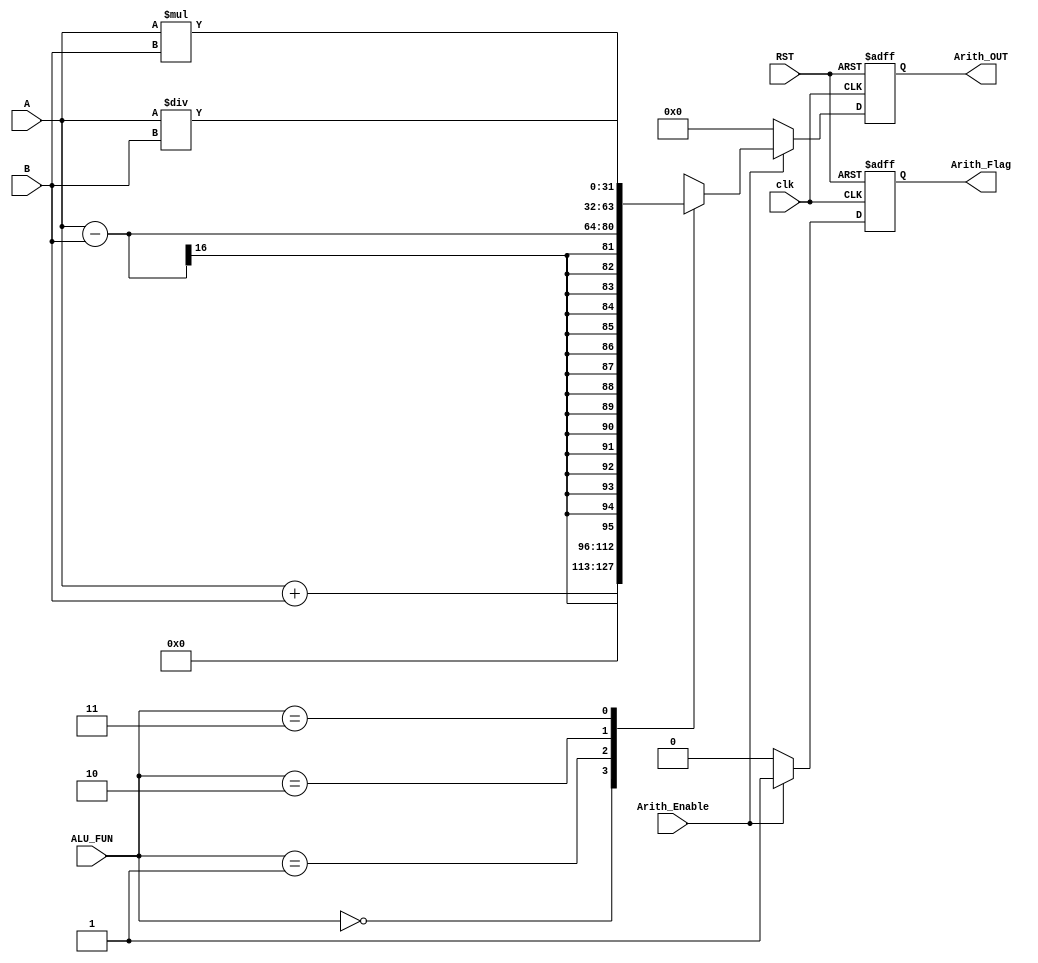
 module ARITHMETIC_UNIT #(
    parameter WIDTH = 16
) (
    input   wire    [WIDTH - 1 : 0]     A,
    input   wire    [WIDTH - 1 : 0]     B,
    input   wire    [     1    : 0]     ALU_FUN,
    input   wire                        clk,
    input   wire                        RST,
    input   wire                        Arith_Enable,

    output  reg     [2*WIDTH - 1 : 0]   Arith_OUT,
    output  reg                         Arith_Flag

);

    reg     [2*WIDTH - 1 : 0]     Arith_OUT_comb;


    always @(*) begin
        case (ALU_FUN)
            2'b00: begin
                Arith_OUT_comb <= A + B;
            end
            2'b01: begin
                Arith_OUT_comb <= A - B;
            end
            2'b10: begin
                Arith_OUT_comb <= A * B;
            end
            2'b11: begin
                Arith_OUT_comb <= A / B;
            end
        endcase
    end

    always @ (posedge clk, negedge RST)  begin
        if (!RST) begin
            Arith_OUT <= 'b0;
            Arith_Flag <= 'b0;
        end else begin
            if(Arith_Enable) begin
                Arith_OUT <= Arith_OUT_comb ;
                Arith_Flag <= 1'b1          ;
            end else begin
                Arith_OUT <=    'b0;
                Arith_Flag <=   1'b0;
            end    
        end 
    end



endmodule